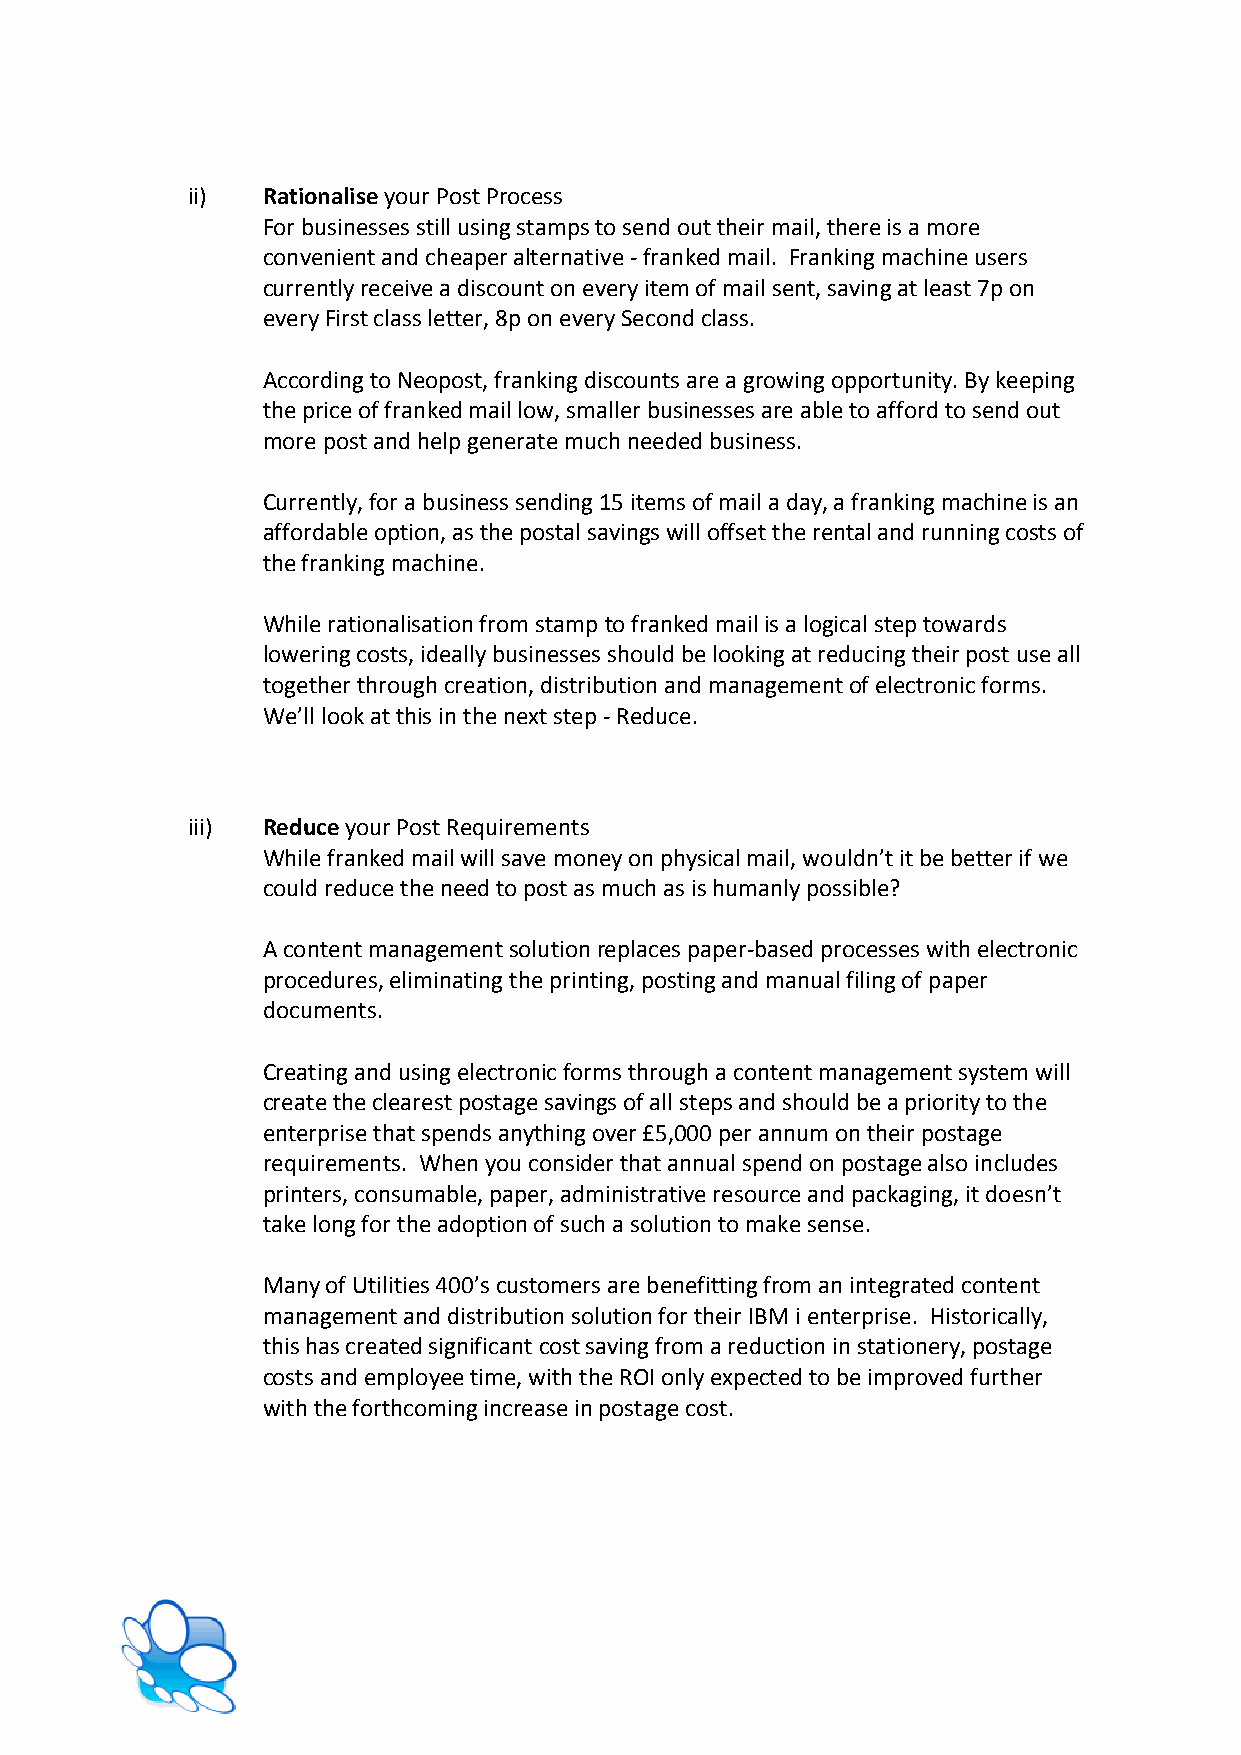
ii)  Rationalise your Post Process
 For businesses still using stamps to send out their mail, there is a more
 convenient and cheaper alternative - franked mail. Franking machine users
 currently receive a discount on every item of mail sent, saving at least 7p on
 every First class letter, 8p on every Second class.
 According to Neopost, franking discounts are a growing opportunity. By keeping
 the price of franked mail low, smaller businesses are able to afford to send out
 more post and help generate much needed business.
 Currently, for a business sending 15 items of mail a day, a franking machine is an
 affordable option, as the postal savings will offset the rental and running costs of
 the franking machine.
 While rationalisation from stamp to franked mail is a logical step towards
 lowering costs, ideally businesses should be looking at reducing their post use all
 together through creation, distribution and management of electronic forms.
 We’ll look at this in the next step - Reduce.
 iii) Reduce your Post Requirements
 While franked mail will save money on physical mail, wouldn’t it be better if we
 could reduce the need to post as much as is humanly possible?
 A content management solution replaces paper-based processes with electronic
 procedures, eliminating the printing, posting and manual filing of paper
 documents.
 Creating and using electronic forms through a content management system will
 create the clearest postage savings of all steps and should be a priority to the
 enterprise that spends anything over £5,000 per annum on their postage
 requirements. When you consider that annual spend on postage also includes
 printers, consumable, paper, administrative resource and packaging, it doesn’t
 take long for the adoption of such a solution to make sense.
 Many of Utilities 400’s customers are benefitting from an integrated content
 management and distribution solution for their IBM i enterprise. Historically,
 this has created significant cost saving from a reduction in stationery, postage
 costs and employee time, with the ROI only expected to be improved further
 with the forthcoming increase in postage cost.